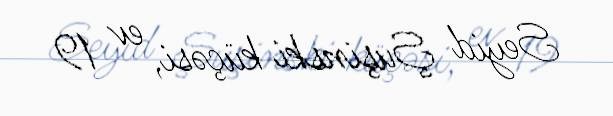
Seyid Şuşinski küçəsi, ev 19